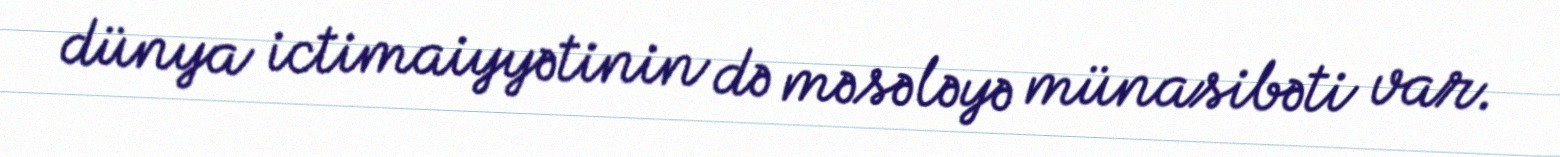
dünya ictimaiyyətinin də məsələyə münasibəti var.